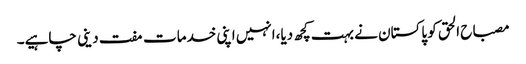
مصباح الحق کو پاکستان نے بہت کچھ دیا،انہیں اپنی خدمات مفت دینی چاہیے۔